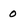
Character: 0